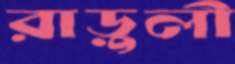
রাড়ুলী